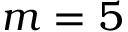
m = 5